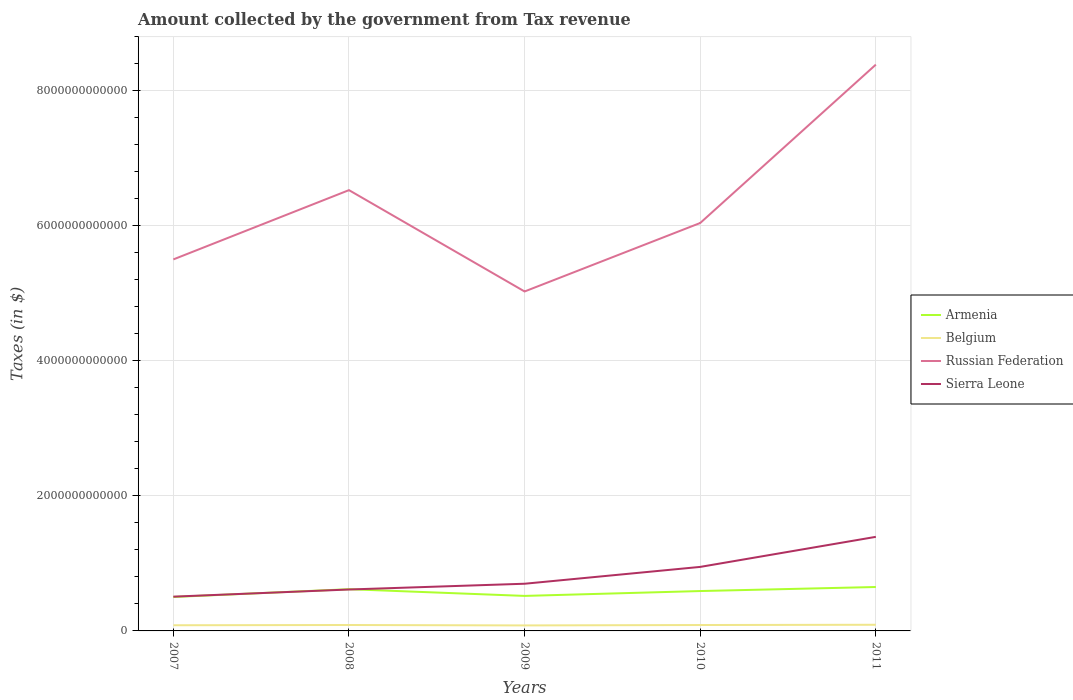
| Years | Armenia | Belgium | Russian Federation | Sierra Leone |
 | --- | --- | --- | --- | --- |
 | 2007 | 5.03e+11 | 8.41e+10 | 5.5e+12 | 5.07e+11 |
 | 2008 | 6.18e+11 | 8.78e+10 | 6.53e+12 | 6.13e+11 |
 | 2009 | 5.19e+11 | 8.16e+10 | 5.03e+12 | 6.99e+11 |
 | 2010 | 5.91e+11 | 8.74e+10 | 6.04e+12 | 9.48e+11 |
 | 2011 | 6.51e+11 | 9.12e+10 | 8.39e+12 | 1.39e+12 |